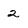
Character: 2